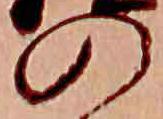
の